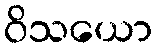
ဝိသယော